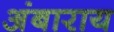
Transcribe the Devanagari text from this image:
अंबाराय